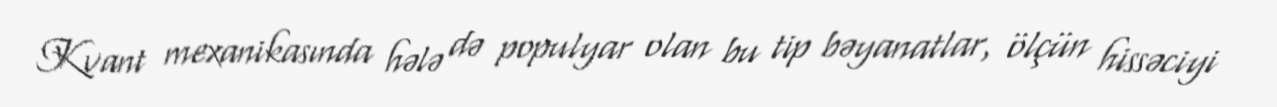
Kvant mexanikasında hələ də populyar olan bu tip bəyanatlar, ölçün hissəciyi